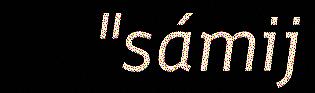
"sámij